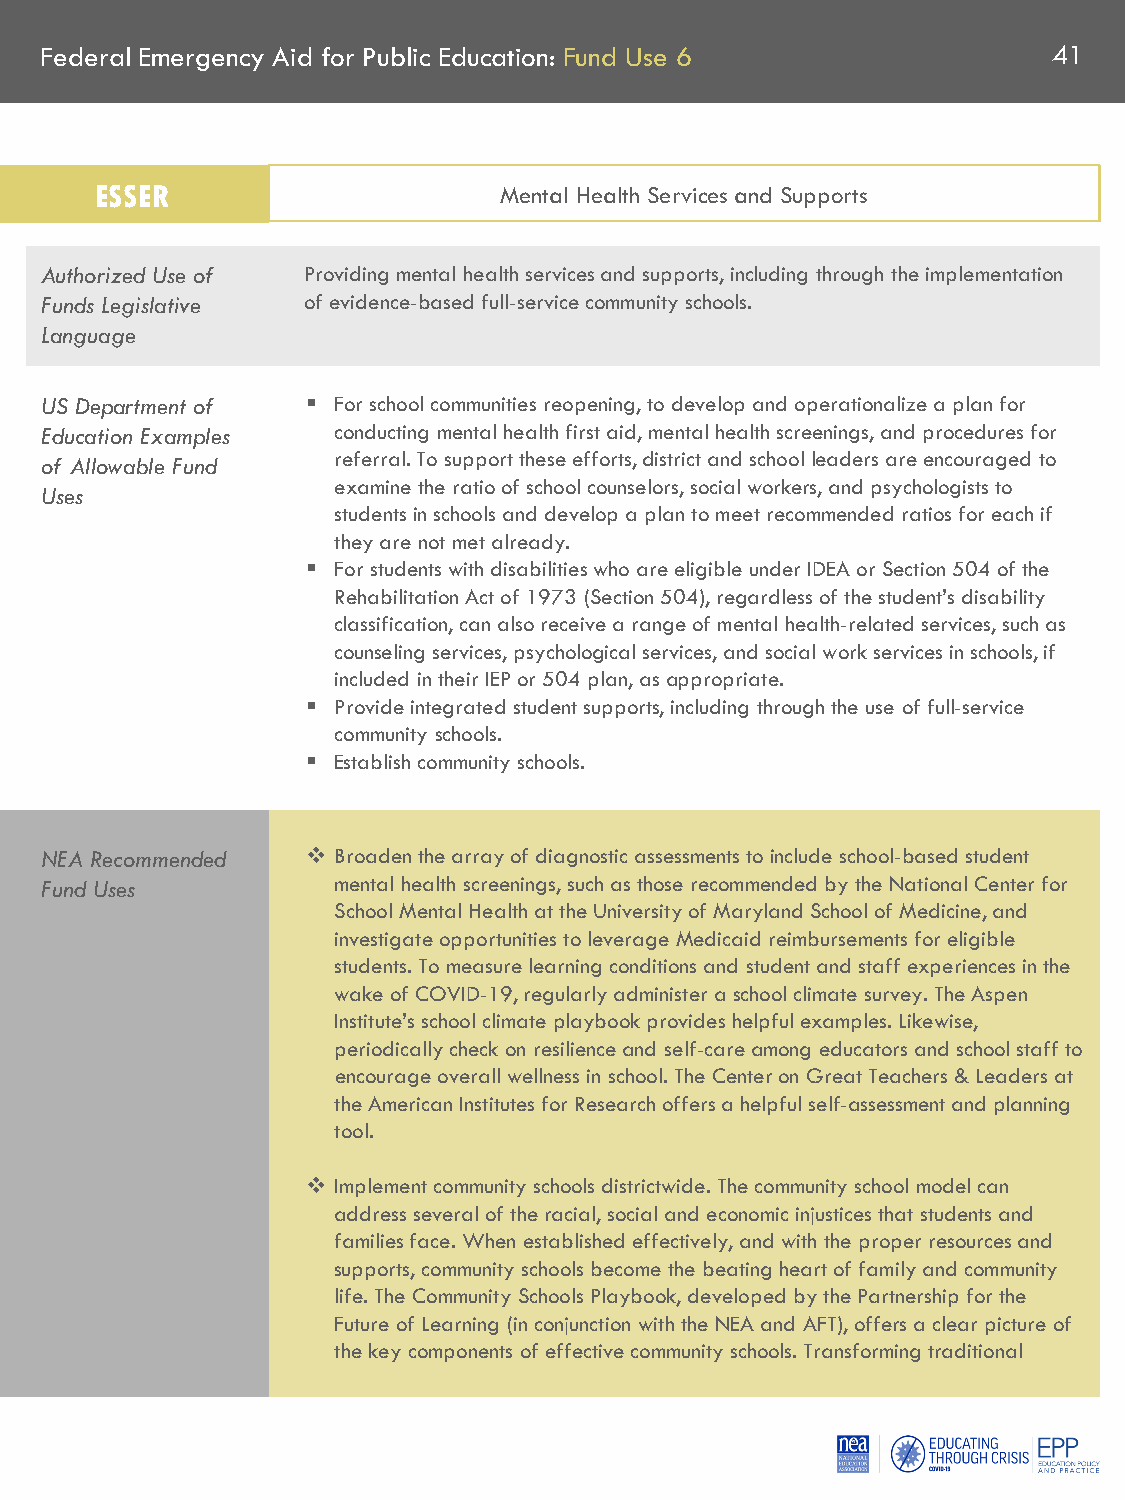
Federal Emergency Aid for Public Education: Fund Use 6             41
 ESSER                      Mental Health Services and Supports
 Authorized Use of Providing mental health services and supports, including through the implementation
 Funds Legislative of evidence-based full-service community schools.
 Language
 US Department of  For school communities reopening, to develop and operationalize a plan for
 Education Examples conducting mental health first aid, mental health screenings, and procedures for
 of Allowable Fund  referral. To support these efforts, district and school leaders are encouraged to
 examine the ratio of school counselors, social workers, and psychologists to
 Uses
 students in schools and develop a plan to meet recommended ratios for each if
 they are not met already.
  For students with disabilities who are eligible under IDEA or Section 504 of the
 Rehabilitation Act of 1973 (Section 504), regardless of the student’s disability
 classification, can also receive a range of mental health-related services, such as
 counseling services, psychological services, and social work services in schools, if
 included in their IEP or 504 plan, as appropriate.
  Provide integrated student supports, including through the use of full-service
 community schools.
  Establish community schools.
 NEA Recommended   Broaden the array of diagnostic assessments to include school-based student
 Fund Uses          mental health screenings, such as those recommended by the National Center for
 School Mental Health at the University of Maryland School of Medicine, and
 investigate opportunities to leverage Medicaid reimbursements for eligible
 students. To measure learning conditions and student and staff experiences in the
 wake of COVID-19, regularly administer a school climate survey. The Aspen
 Institute’s school climate playbook provides helpful examples. Likewise,
 periodically check on resilience and self-care among educators and school staff to
 encourage overall wellness in school. The Center on Great Teachers & Leaders at
 the American Institutes for Research offers a helpful self-assessment and planning
 tool.
  Implement community schools districtwide. The community school model can
 address several of the racial, social and economic injustices that students and
 families face. When established effectively, and with the proper resources and
 supports, community schools become the beating heart of family and community
 life. The Community Schools Playbook, developed by the Partnership for the
 Future of Learning (in conjunction with the NEA and AFT), offers a clear picture of
 the key components of effective community schools. Transforming traditional